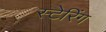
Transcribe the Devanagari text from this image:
स्टेरिंग